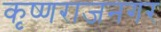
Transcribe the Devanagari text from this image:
कृष्णराजनगर